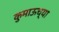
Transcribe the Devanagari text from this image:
कुमाऊच्या